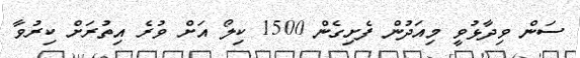
ސަން ވިދާޅުވީ މިއަދުން ފެށިގެން 1500 ކިލޯ އަށް ވުރެ އިތުރަށް ކިރުވާ